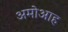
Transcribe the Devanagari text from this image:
अमोआह